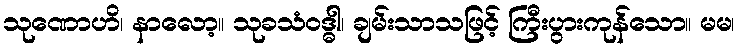
သုဏောဟိ၊ နာလော့။ သုခသံဝဒ္ဓါ၊ ချမ်းသာသဖြင့် ကြီးပွားကုန်သော။ မမ၊